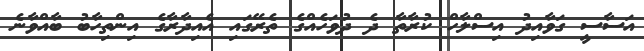
އަސާސީ ގަވާއިދު އިސްލާހް ކުރާތާ ދެ ދުވަހެއްގެ ތެރޭގައި އެއިދާރާގެ އިންތިހާބު ބާއްވާނެ